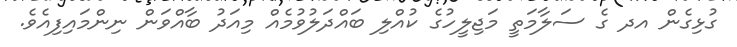
ގުޅިގެން އދ ގެ ސަލާމަތީ މަޖިލީހުގެ ކުއްލި ބައްދަލުވުމެއް މިއަދު ބާއްވަން ނިންމައިފިއެވެ.